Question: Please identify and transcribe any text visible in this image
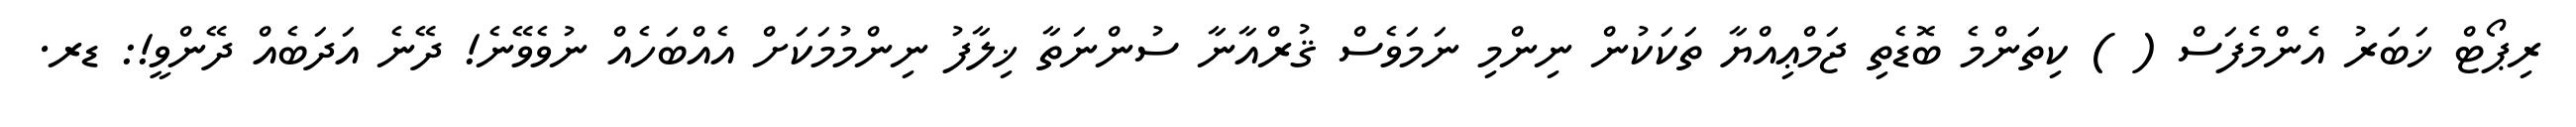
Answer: ރިޕޯޓް ޚަބަރު އެންމެފަސް ( ) ކިތަންމެ ބޮޑެތި ޖަމްޢިއްޔާ ތަކަކުން ނިންމި ނަމަވެސް ޤުރްއާނާ ސުންނަތާ ޚިލާފު ނިންމުމަކަށް އެއްބަހެއް ނުވެވޭނެ! ދޭނެ އަދަބެއް ދޭންވީ!: ޑރ.